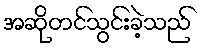
အဆိုတင်သွင်းခဲ့သည်